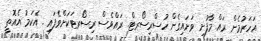
އަހަރުމެން ރައް މާފުށި ވަށައިގެން ހުސްރިސޯރޓް. ރައްވެސް ރިސޯރޓަކަށްވެފައި . އެކަމު އެއޮތީ